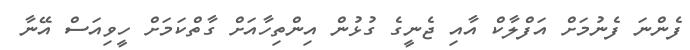
ފެންނަ ފެނުމަށް އަފްލާކް އާއި ޖެނީގެ ގުޅުން އިންތިހާއަށް ގާތްކަމަށް ހީވިއަސް އޭނާ